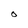
Character: O